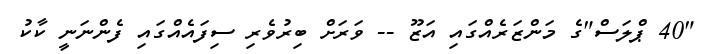
"40 ޕްލަސް"ގެ މަންޒަރެއްގައި އަޒޫ -- ވަރަށް ބިރުވެރި ސިފައެއްގައި ފެންނަނީ ކާކު